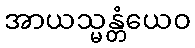
အာယသ္မန္တံယေဝ